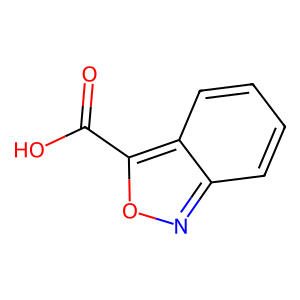
SMILES: O=C(O)c1onc2ccccc12
Inhibits HIV replication: No